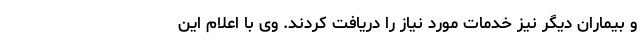
و بیماران دیگر نیز خدمات مورد نیاز را دریافت کردند. وی با اعلام این